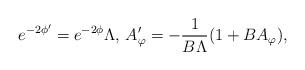
LaTeX: \begin{align*}e^{-2\phi'} = e^{-2\phi} \Lambda,\, A'_{\varphi} =-\frac{1}{B\Lambda}(1+B A_{\varphi}), \end{align*}